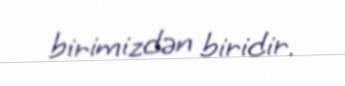
birimizdən biridir.